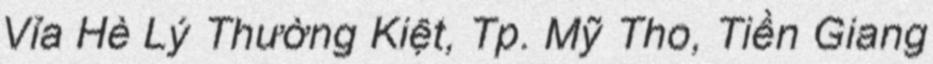
Vỉa Hè Lý Thường Kiệt, Tp. Mỹ Tho, Tiền Giang